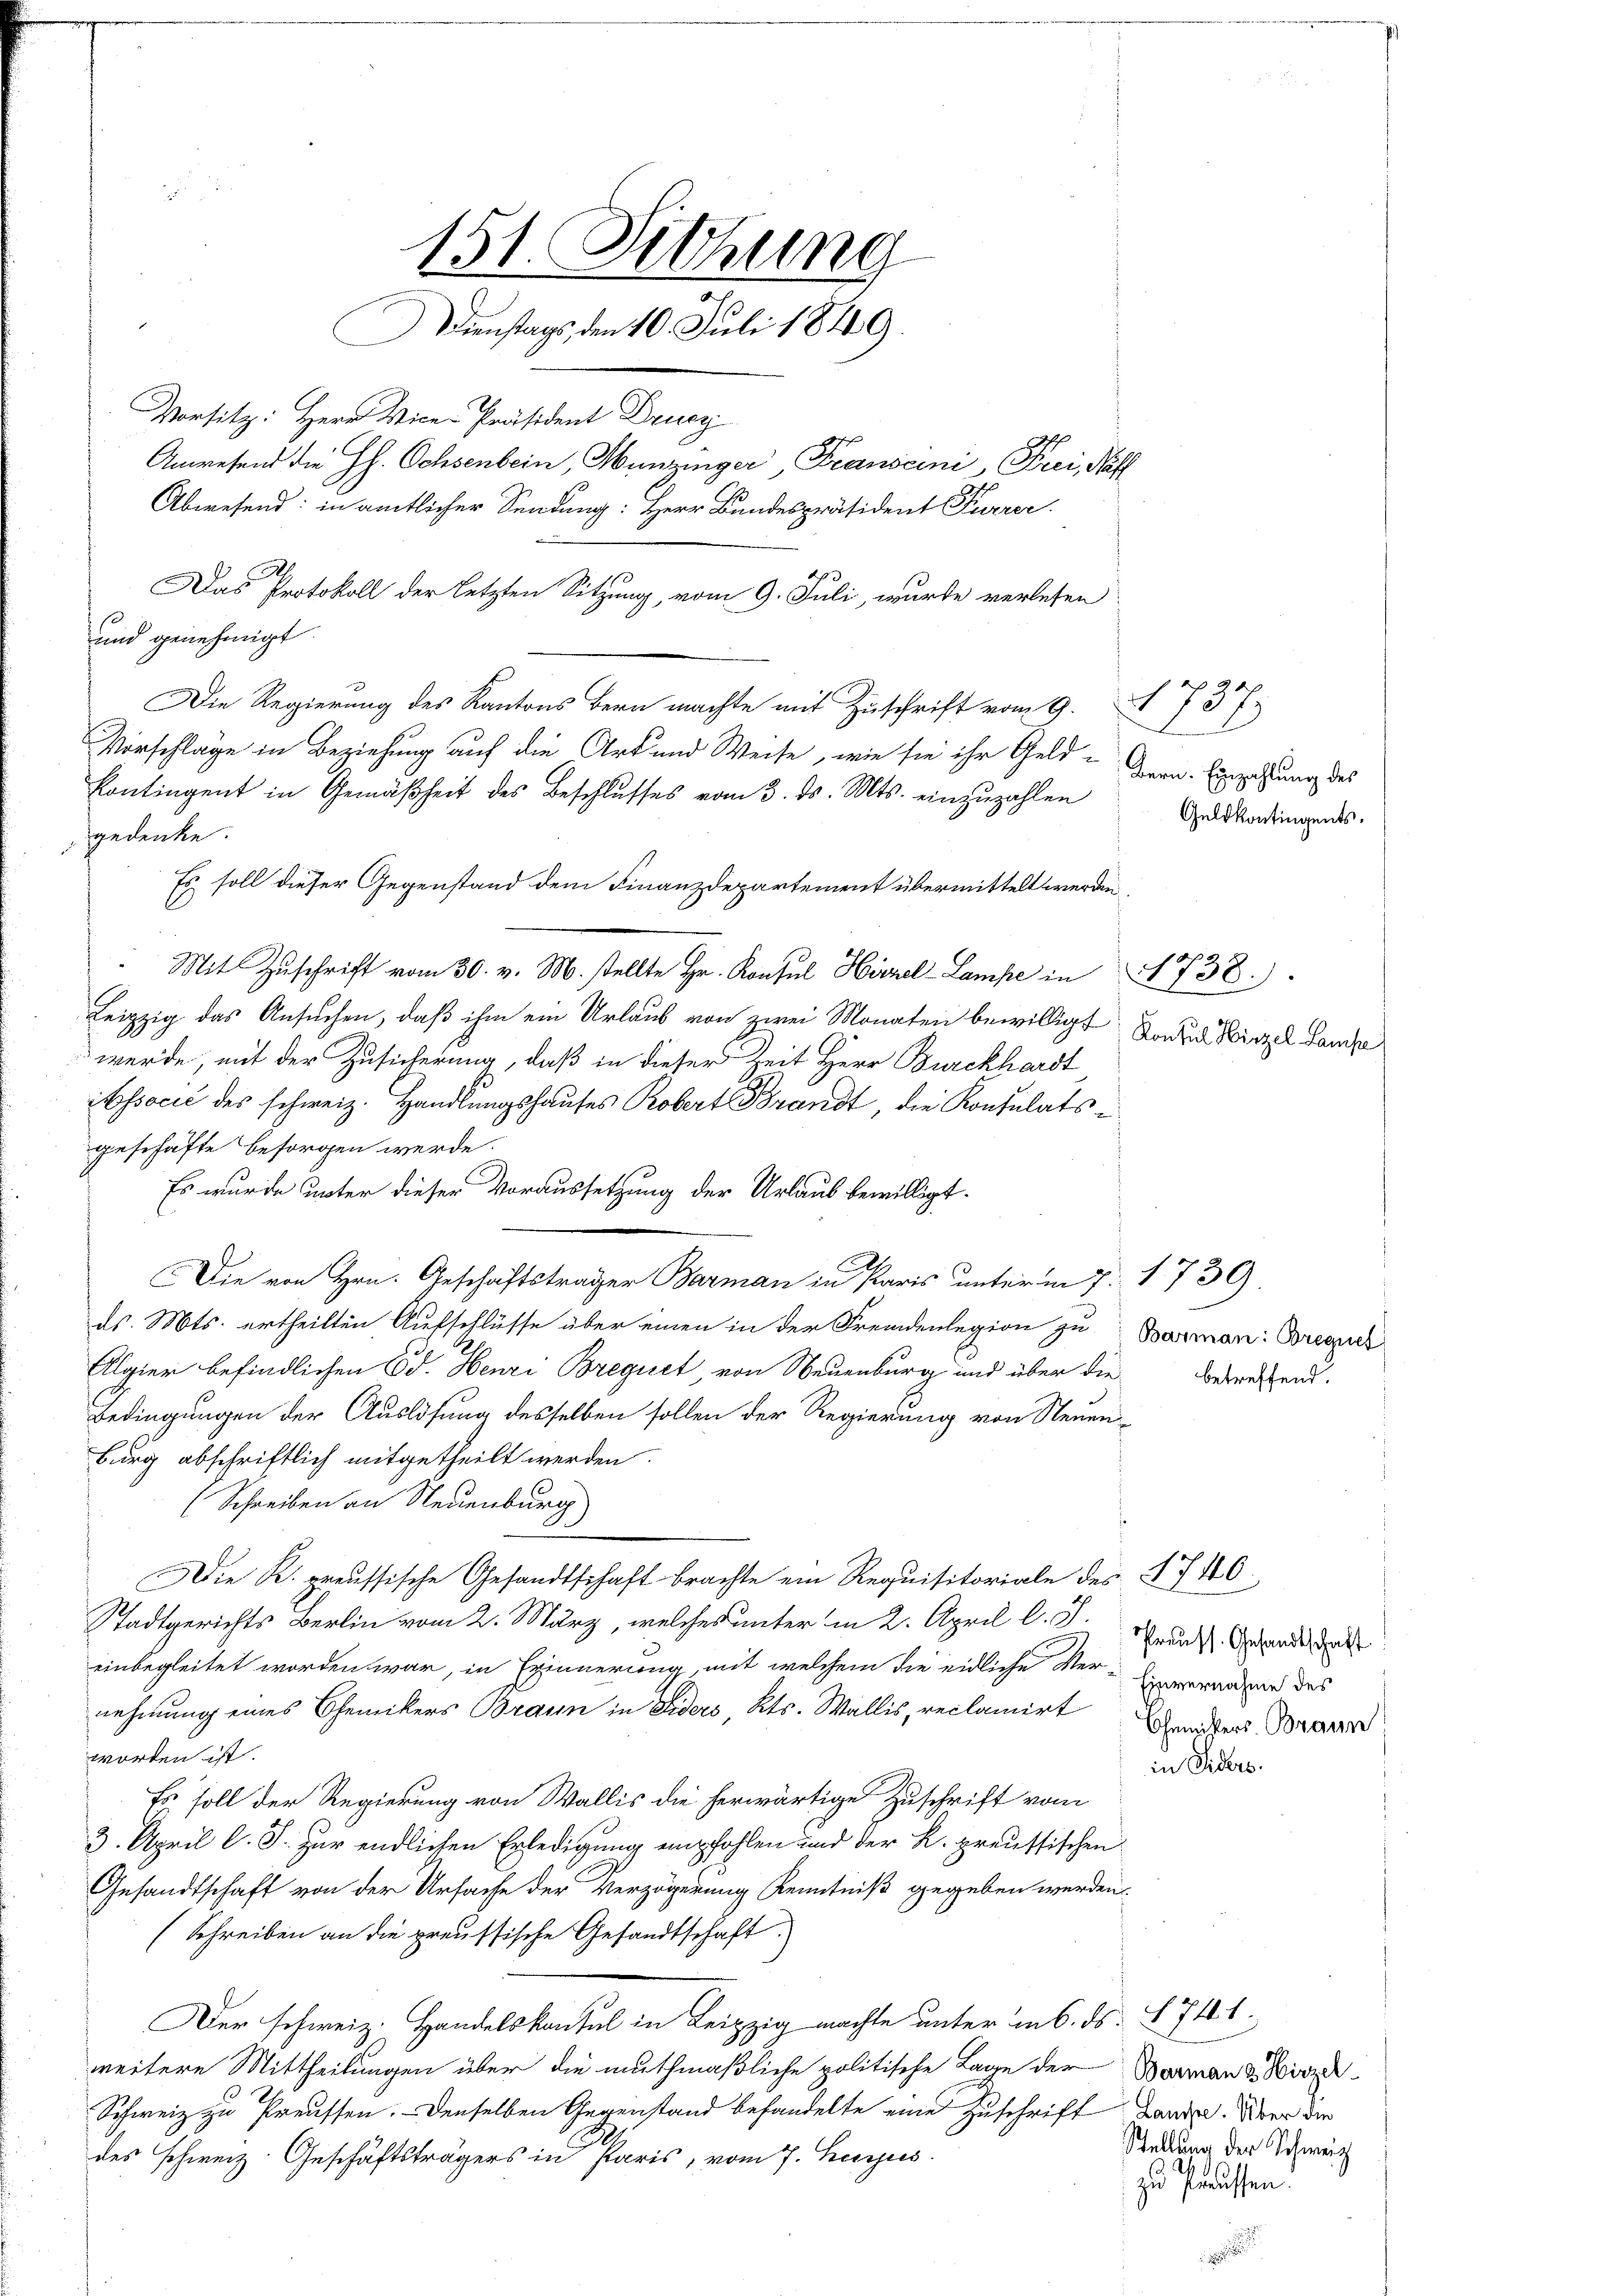
10
und genehmigt.
gedenke.
Leipzig das Ansuchen, daß ihm ein Urlaub von zwei Monaten bewilligt, sonden Wirzel Lanze
werde, mit der Zusicherung, daß in dieser Zeit Herr Burckhardt
Associé des schweiz. Handlungshauses Robert Brandt, die Konsulatsgeschäfte besorgen werde.
Es wurde unter dieser Voraussetzung der Urlaub bewilligt.
Die von Hrn. Geschäftsträger Barman in Paris unterm 7. 1730)
ds. Mts. ertheilten Aufschlüsse über einen in der Fremdenlegion zu Barman: Bregich
Algier befindlichen Ed. Henri Brequet, von Neuenburg und über die
Bedingungen der Auslösung desselben sollen der Regierung von Neuen¬
Burg abschriftlich mitgetheilt werden.
(Schreiben an Neuenburg
Die K. preussische Gesandtschaft brachte ein Requisitoriale des § 746.
Stadtgerichts Berlin vom 2. März, welches unter in 2. April l. J. Grund Granderat
einbegleitet worden war, in Erinnerung mit welchem die eidliche Ver-Enerwanden des
nehmung eines Chemikers Braun in Fiders, Kts. Wallis, reclamirt Erleders Braun
worden ist.
Es soll der Regierung von Wallis die herwärtige Zuschrift vom
3. April l. J. zur endlichen Erledigung empfohlen und der K. preussischen
Gesandtschaft von der Ursache der Verzögerung Kenntniß gegeben werden.
(Schreiben an die preussische Gesandtschaft.
Der schweiz. Handelskonsul in Leipzig machte unter in 6. ds. § 741.
weitere Mittheilungen über die muthmaßliche politische Lage der Barmann d. Wirze
Schweiz zu Preussen. Denselben Gegenstand behandelte eine Zuschrift Lande. Über die
des Schweiz. Geschäftsträgers in Paris, vom 7. hujus.

151. Sitzung
Dienstags, den 10. Juli 1849
Vorsitz: Herr Vice-Präsident Drucz
Anwesend die HH. Ochsenbein, Hunzinger, Franscini, Frei, Neff
Abwesend: in amtlicher Sendung: Herr Bundespräsident Furrer.
Das Protokoll der letzten Sitzung, vom 9. Juli, wurde verlesen
Die Regierung des Kantons Bern machte mit Zuschrift vom 9.
Vorschläge in Beziehung auf die Art und Weise, wie sie ihr Geld-Hern. Einzahlung des
Contingent in Gemäßheit des Beschlŭsses vom 3. ds. Mts. einzuzahlen

Es soll dieser Gegenstand dem Finanzdepartement übermittelt werden.
 Mit Zŭschrift vom 30. v. M. stellte Hr. Konsul Hirzel-Lampe in 1738.)

A 737.
27
Geldkontingents.

betreffend.

in Siders

Stellung der Schweiz
zu Paussen: